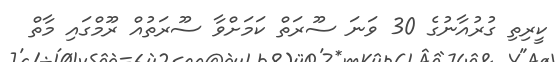
ކީރިތި ގުރުއާނުގެ 30 ވަނަ ސޫރަތް ކަމަށްވާ ސޫރަތުއް ރޫމްގައި މާތް